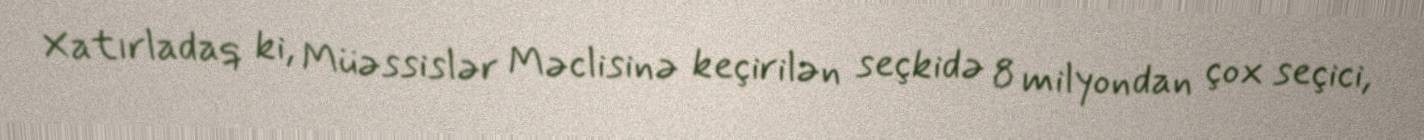
Xatırladaq ki, Müəssislər Məclisinə keçirilən seçkidə 8 milyondan çox seçici,